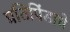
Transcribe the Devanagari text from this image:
प्रतिपिंडाचे